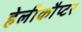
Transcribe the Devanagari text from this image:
हेलीकौप्टर